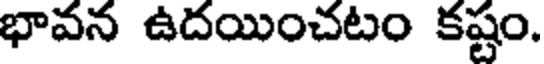
భావన ఉదయించటం కష్టం.